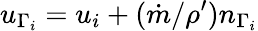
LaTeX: u_{\Gamma_{i}}=u_{i}+(\dot{m}/\rho^{\prime})n_{\Gamma_{i}}